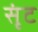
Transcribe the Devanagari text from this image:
सृंट